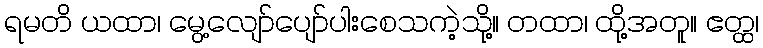
ရမတိ ယထာ၊ မွေ့လျော်ပျော်ပါးစေသကဲ့သို့။ တထာ၊ ထို့အတူ။ ဧတ္ထ၊